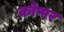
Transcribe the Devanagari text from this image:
कोप्पर